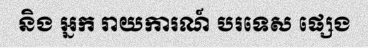
និង អ្នក រាយការណ៍ បរទេស ផ្សេង